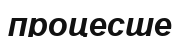
процесше